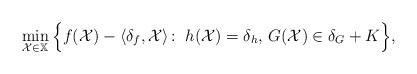
LaTeX: \begin{align*} \min_{\mathcal{X}\in\mathbb{X}}\Big\{f(\mathcal{X})-\langle\delta_{f},\mathcal{X}\rangle\!: \ h(\mathcal{X})=\delta_h,\,G(\mathcal{X})\in\delta_{G}+K\Big\}, \end{align*}